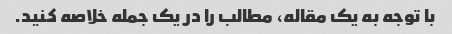
با توجه به یک مقاله، مطالب را در یک جمله خلاصه کنید.